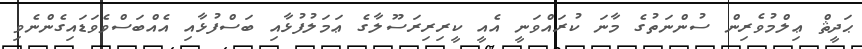
ޙަދީޘް ޢިލްމުވެރިން ސުންނަތުގެ މާނަ ކުރައްވަނީ އެއީ ކީރިރިރަސޫލާގެ ޢަމަލުފުޅާއި ބަސްފުޅާއި އެއްބަސްވެވަޑައިގެންނެވި